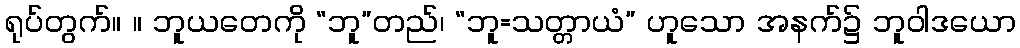
ရုပ်တွက်။ ။ ဘူယတေကို “ဘူ”တည်၊ “ဘူ=သတ္တာယံ” ဟူသော အနက်၌ ဘူဝါဒယော